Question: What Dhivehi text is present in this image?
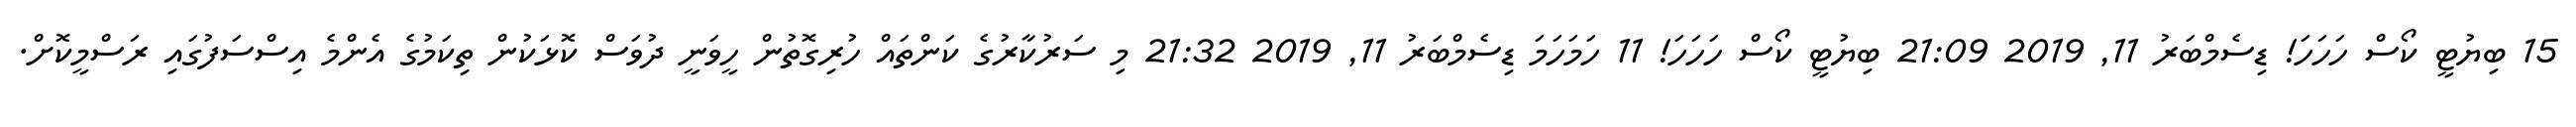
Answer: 15 ބިޔުޓީ ކޯސް ހަހަހަ! ޑިސެމްބަރު 11, 2019 21:09 ބިޔުޓީ ކޯސް ހަހަހަ! 11 ހަމަހަމަ ޑިސެމްބަރު 11, 2019 21:32 މި ސަރުކާރުގެ ކަންތައް ހުރިގޮތުން ހީވަނީ ދުވަސް ކޮޅަކުން ތިކަމުގެ އެންމެ އިސްސަފުގައި ރަސްމީކޮށް.